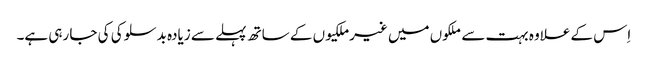
‏ اِس کے علاوہ بہت سے ملکوں میں غیرملکیوں کے ساتھ پہلے سے زیادہ بدسلوکی کی جا رہی ہے۔